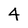
Character: 4